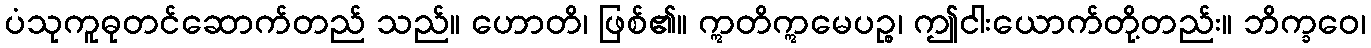
ပံသုကူဓုတင်ဆောက်တည် သည်။ ဟောတိ၊ ဖြစ်၏။ ဣတိဣမေပဉ္စ၊ ဤငါးယောက်တို့တည်း။ ဘိက္ခဝေ၊